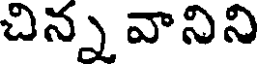
చిన్న వానిని